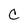
Character: c